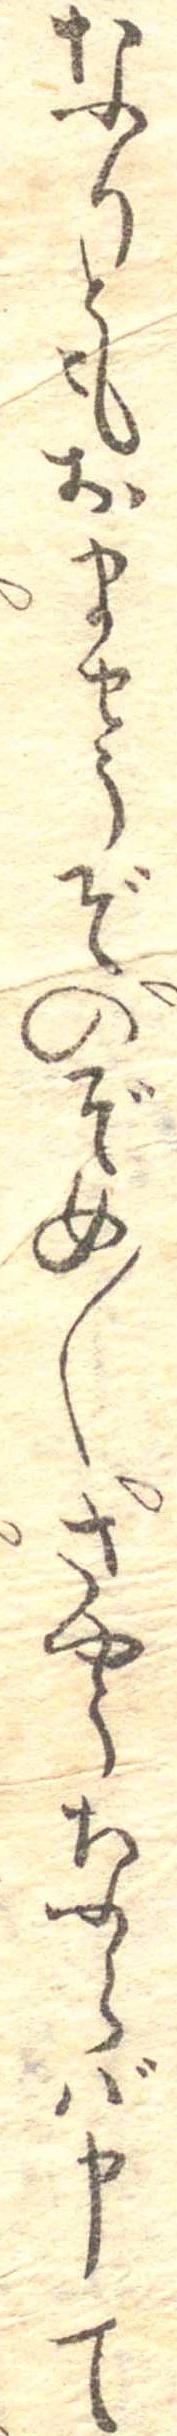
なりともおませうぞのぞめ〱さやうならば申て